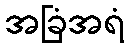
အခြံအရံ